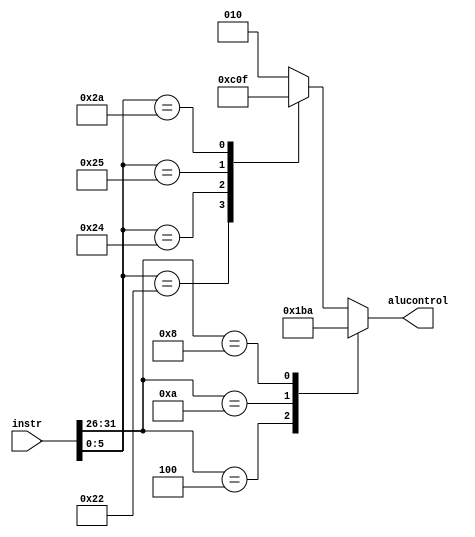
module aluoperationcontrol ( input  [31:0] instr, output [2:0] alucontrol );
	reg [2:0] alucontrol;
	always @(instr) begin
		casex ({instr[31:26], instr[5:0]})
			12'b000100xxxxxx : alucontrol = 3'b110;
			12'b001010xxxxxx : alucontrol = 3'b111;
			12'b001000xxxxxx : alucontrol = 3'b010;
			12'bxxxxxx100000 : alucontrol = 3'b010;
			12'bxxxxxx100010 : alucontrol = 3'b110;
			12'bxxxxxx100100 : alucontrol = 3'b000;
			12'bxxxxxx100101 : alucontrol = 3'b001;
			12'bxxxxxx101010 : alucontrol = 3'b111;
			default          : alucontrol = 3'b010;
		endcase
	end
endmodule